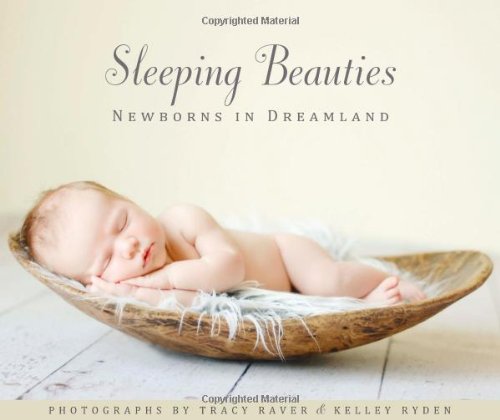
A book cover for Sleeping Beauties: Newborns in Dreamland; Tracy Raver; Arts & Photography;